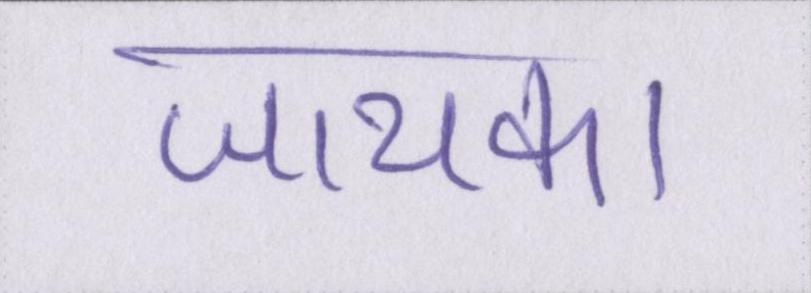
जायका